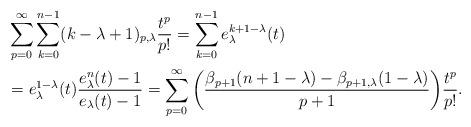
LaTeX: \begin{align*}&\sum_{p=0}^{\infty}\sum_{k=0}^{n-1}(k-\lambda+1)_{p,\lambda}\frac{t^{p}}{p!}=\sum_{k=0}^{n-1}e_{\lambda}^{k+1-\lambda}(t) \\&=e_{\lambda}^{1-\lambda}(t)\frac{e_{\lambda}^{n}(t)-1}{e_{\lambda}(t)-1}=\sum_{p=0}^{\infty}\bigg(\frac{\beta_{p+1}(n+1-\lambda)-\beta_{p+1,\lambda}(1-\lambda)}{p+1}\bigg)\frac{t^{p}}{p!}.\end{align*}